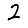
Digit: 2